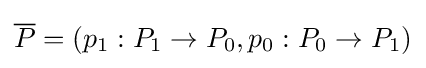
{\overline {P}}=(p_{1}:P_{1}\to P_{0},p_{0}:P_{0}\to P_{1})